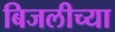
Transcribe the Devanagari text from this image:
बिजलीच्या